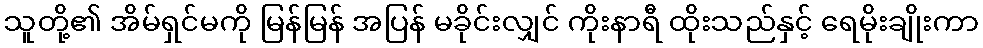
သူတို့၏ အိမ်ရှင်မကို မြန်မြန် အပြန် မခိုင်းလျှင် ကိုးနာရီ ထိုးသည်နှင့် ရေမိုးချိုးကာ